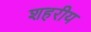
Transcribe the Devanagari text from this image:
शहरीय